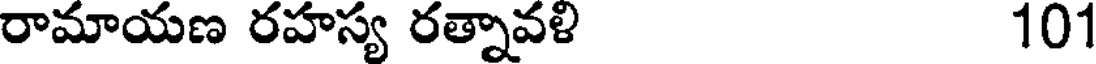
రామాయణ రహస్య రత్నావళి 101